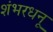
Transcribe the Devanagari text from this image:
शंभरधनू